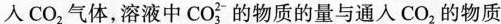
人CO_{2}气体，溶液中CO_{3}^{2-}的物质的量与通入CO_{2}的物质